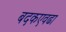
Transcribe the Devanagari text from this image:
बदकएवढा